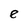
Character: e